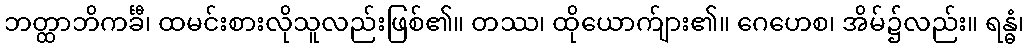
ဘတ္ထာဘိကင်္ခီ၊ ထမင်းစားလိုသူလည်းဖြစ်၏။ တဿ၊ ထိုယောက်ျား၏။ ဂေဟေစ၊ အိမ်၌လည်း။ ရန္ဓံ၊